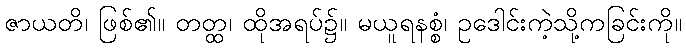
ဇာယတိ၊ ဖြစ်၏။ တတ္ထ၊ ထိုအရပ်၌။ မယူရနစ္စံ၊ ဥဒေါင်းကဲ့သို့ကခြင်းကို။